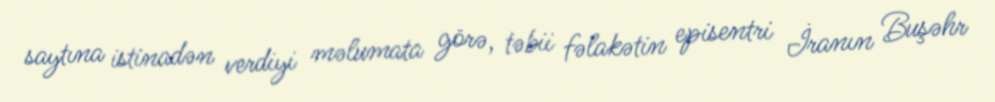
saytına istinadən verdiyi məlumata görə, təbii fəlakətin episentri İranın Buşəhr